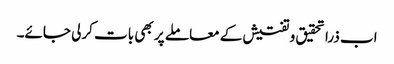
اب ذرا تحقیق و تفتیش کے معاملے پر بھی بات کرلی جائے۔